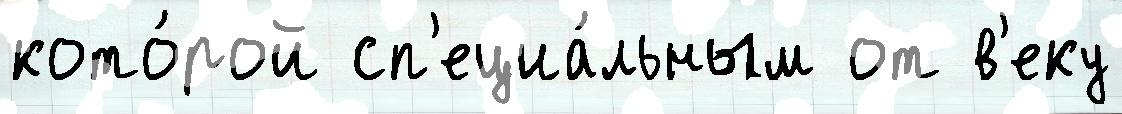
кото́рой сп'ециа́льным от в'еку